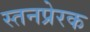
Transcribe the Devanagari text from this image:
स्तनप्रेरक